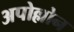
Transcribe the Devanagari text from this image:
अपोल्लोन